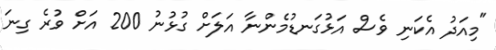
"މިއަދު އެކަނި ވެސް އަޅުގަނޑުމެންނާ އަލަށް ގުޅުނު 200 އަށް ވުރެ ގިނަ